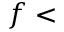
f <